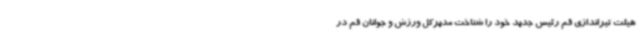
هیئت تیراندازی قم رئیس جدید خود را شناخت مدیرکل ورزش و جوانان قم در